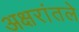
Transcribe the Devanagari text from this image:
अक्षरांतले